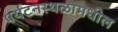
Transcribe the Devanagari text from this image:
पर्यटनस्थळामधील